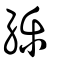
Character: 纅